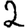
Digit: 2